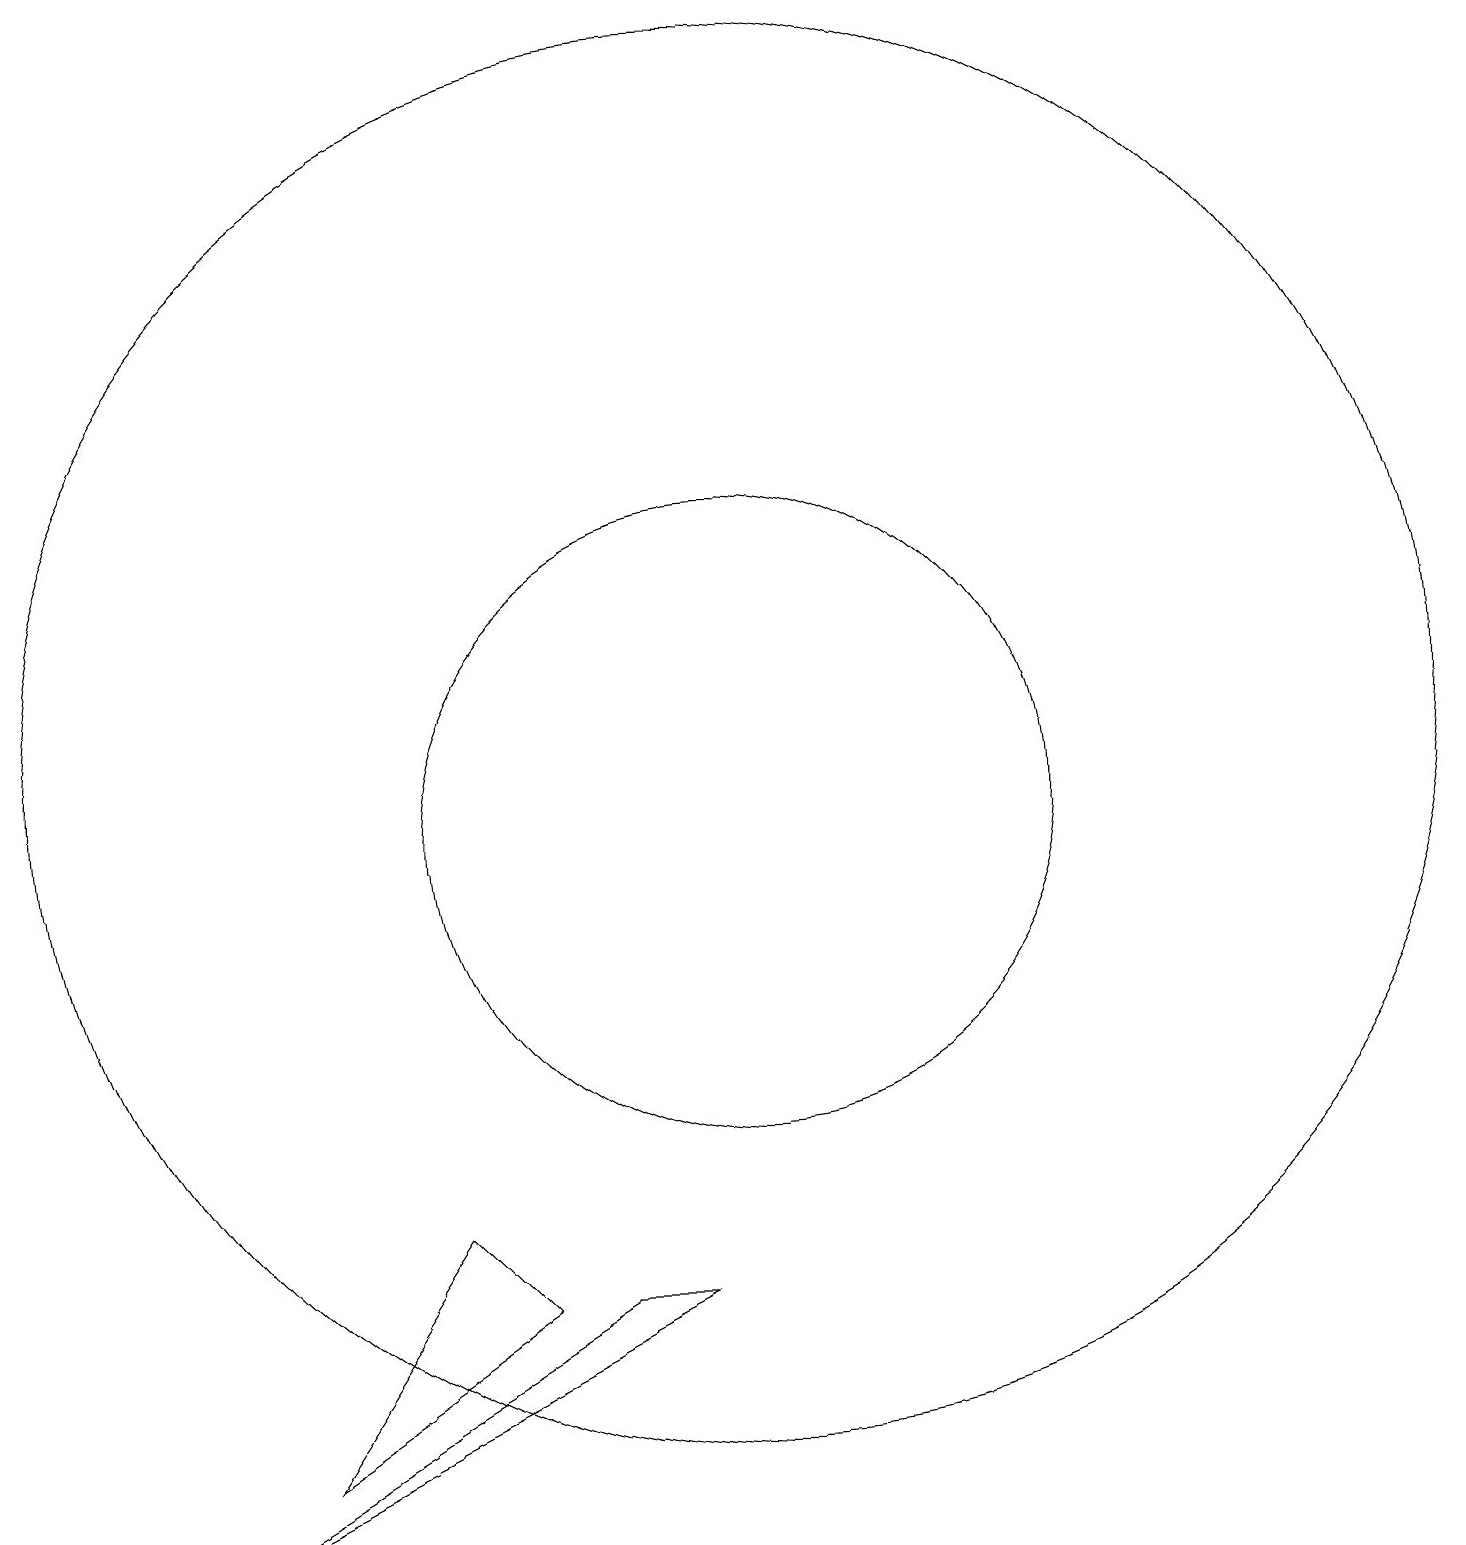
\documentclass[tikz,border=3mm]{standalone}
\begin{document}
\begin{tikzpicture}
\draw (7,5) -- (4,3) -- (6,6) -- cycle;
\draw (10,11) circle (4);
\draw (10,12) circle (9);
\draw (8,5) -- (9,5) -- (3,2) -- cycle;
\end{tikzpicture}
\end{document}